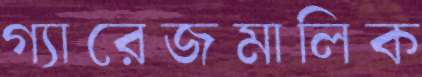
গ্যারেজমালিক